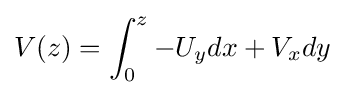
V(z)=\int _{0}^{z}-U_{y}dx+V_{x}dy